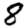
Digit: 8